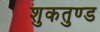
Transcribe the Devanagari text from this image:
शुकतुण्ड